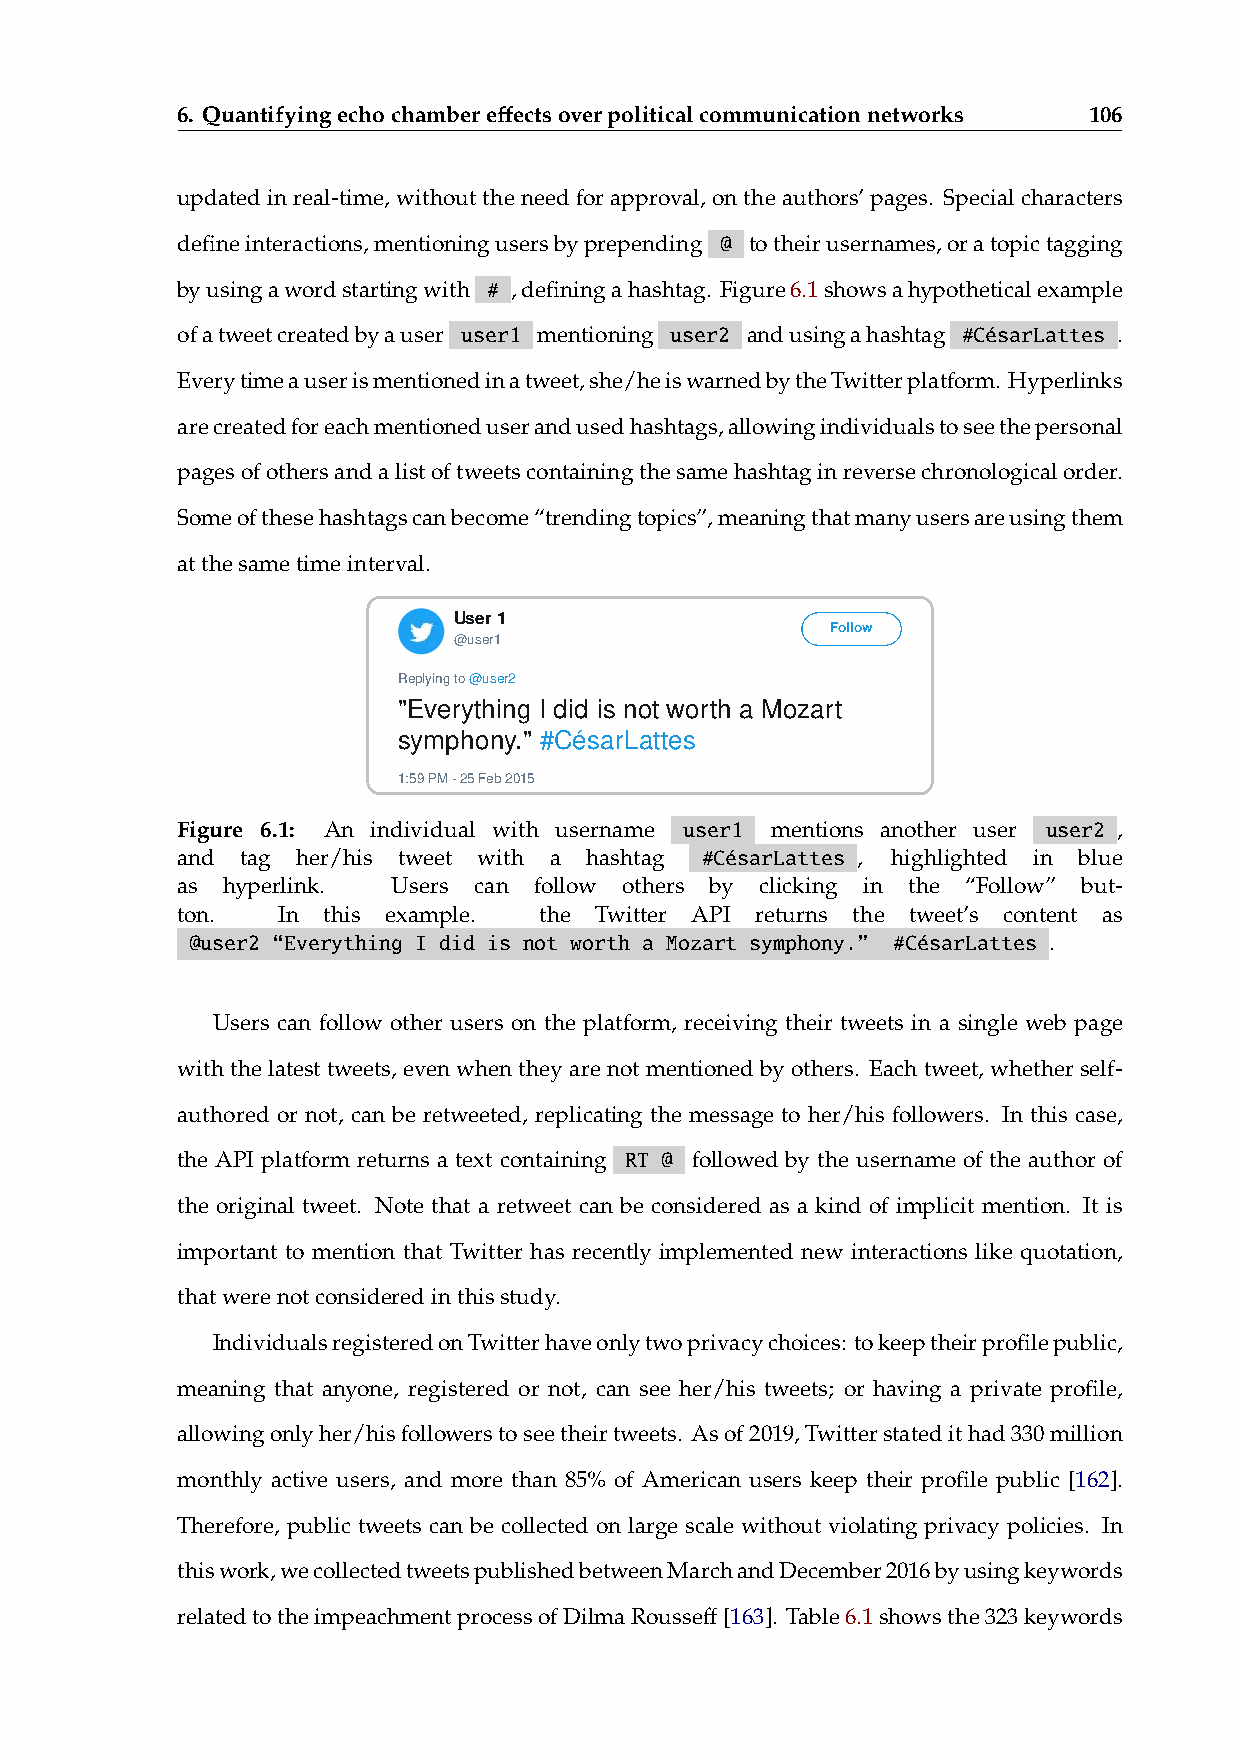
6. Quantifyingechochambereffectsoverpoliticalcommunicationnetworks 106
 updatedinreal-time,withouttheneedforapproval,ontheauthors’pages. Specialcharacters
 defineinteractions,mentioningusersbyprepending @ totheirusernames,oratopictagging
 byusingawordstartingwith # ,definingahashtag. Figure6.1showsahypotheticalexample
 ofatweetcreatedbyauser user1 mentioning user2 andusingahashtag #CésarLattes .
 Everytimeauserismentionedinatweet,she/heiswarnedbytheTwitterplatform. Hyperlinks
 arecreatedforeachmentioneduserandusedhashtags,allowingindividualstoseethepersonal
 pagesofothersandalistoftweetscontainingthesamehashtaginreversechronologicalorder.
 Someofthesehashtagscanbecome“trendingtopics”,meaningthatmanyusersareusingthem
 atthesametimeinterval.
 User 1
 Follow
 @user1
 Replying to @user2
 "Everything I did is not worth a Mozart
 symphony." #CésarLattes
 1:59 PM - 25 Feb 2015
 Figure 6.1: An individual with username user1 mentions another user user2 ,
 and tag her/his tweet with a hashtag #CésarLattes , highlighted in blue
 as hyperlink. Users can follow others by clicking in the “Follow” but-
 ton.  In this example.  the Twitter API returns the tweet’s content as
 @user2 “Everything I did is not worth a Mozart symphony.” #CésarLattes .
 Users can follow other users on the platform, receiving their tweets in a single web page
 withthelatesttweets, evenwhentheyarenotmentionedbyothers. Eachtweet, whetherself-
 authored or not, can be retweeted, replicating the message to her/his followers. In this case,
 the API platform returns a text containing RT @ followed by the username of the author of
 the original tweet. Note that a retweet can be considered as a kind of implicit mention. It is
 important to mention that Twitter has recently implemented new interactions like quotation,
 thatwerenotconsideredinthisstudy.
 IndividualsregisteredonTwitterhaveonlytwoprivacychoices: tokeeptheirprofilepublic,
 meaning that anyone, registered or not, can see her/his tweets; or having a private profile,
 allowingonlyher/hisfollowerstoseetheirtweets. Asof2019,Twitterstatedithad330million
 monthly active users, and more than 85% of American users keep their profile public [162].
 Therefore, public tweets can be collected on large scale without violating privacy policies. In
 thiswork,wecollectedtweetspublishedbetweenMarchandDecember2016byusingkeywords
 relatedtotheimpeachmentprocessofDilmaRousseff[163]. Table6.1showsthe323keywords